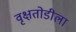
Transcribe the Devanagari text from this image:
वृक्षतोडीला